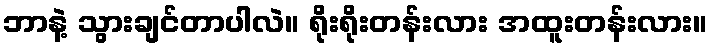
ဘာနဲ့ သွားချင်တာပါလဲ။ ရိုးရိုးတန်းလား အထူးတန်းလား။